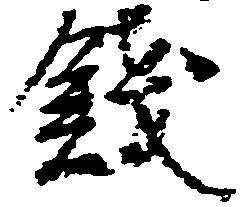
銭